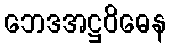
ဘေဒအဋ္ဌဝိဓေန